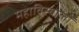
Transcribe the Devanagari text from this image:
महाविस्यालों